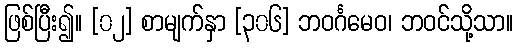
ဖြစ်ပြီး၍။ [၀၂] စာမျက်နှာ [၃၀၆] ဘဝင်္ဂမေဝ၊ ဘဝင်သို့သာ။